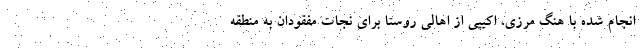
انجام شده با هنگ مرزي، اكيپي از اهالي روستا براي نجات مفقودان به منطقه